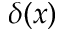
\delta ( x )